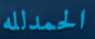
الحمدلله